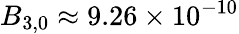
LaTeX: B_{3,0}\approx 9.26\times 10^{-10}